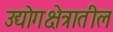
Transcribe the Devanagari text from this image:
उद्योगक्षेत्रातील